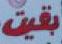
بقيت